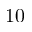
1 0